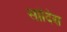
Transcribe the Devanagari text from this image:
सांदिस